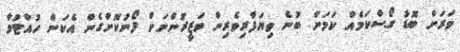
ވަރަށް ބޮޑު ގޯސްކަމެއް ކަމަށް ބުނެ ވިޔަފާރިވެރިން ވަޒީރުންނަށް ފޯނުކޮށްގެން އެކަން ހުއްޓުވާ